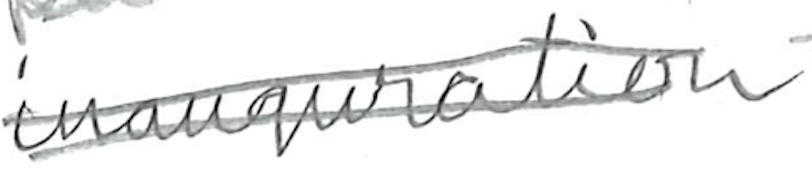
Text: inauguration
Cross-out: double-line
Writing tool: pencil